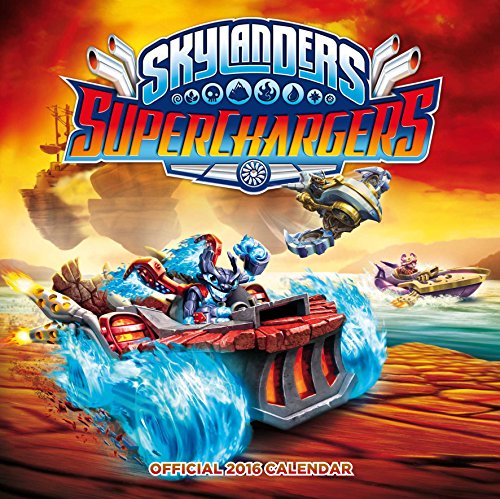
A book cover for The Official Skylanders 2016 Square Calendar; Calendars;